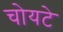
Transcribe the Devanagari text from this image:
चोयटे